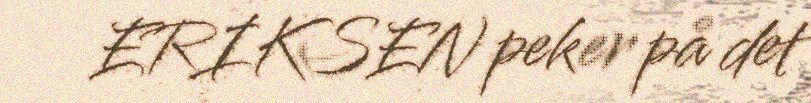
ERIKSEN peker på det